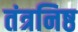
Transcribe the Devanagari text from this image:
तंत्रनिष्ठ